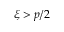
\xi > p / 2